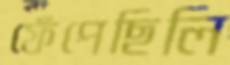
ফেঁপেছিলি